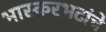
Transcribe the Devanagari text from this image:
भास्करभटांचे